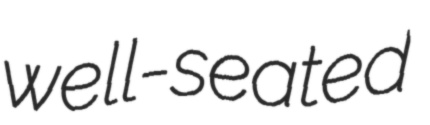
well-seated